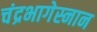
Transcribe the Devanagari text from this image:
चंद्रभागेस्नान